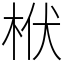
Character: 栿